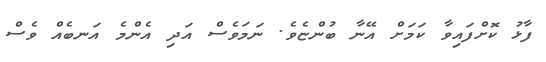
ފާޅު ކޮށްފައިވާ ކަމަށް އޭނާ ބުންޏެވެ. ނަމަވެސް އަދި އެންމެ އަނބެއް ވެސް